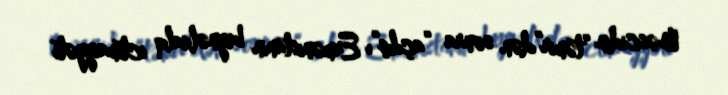
Məscidin “təmir”dən sonra “açılış”ı Ermənistanın beynəlxalq ictimaiyyəti